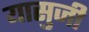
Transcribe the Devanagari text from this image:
यासुजी